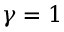
\gamma = 1